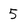
Character: 5